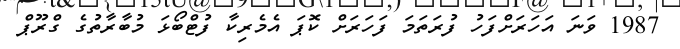
1987 ވަނަ އަހަރަށްފަހު ފުރަތަމަ ފަހަރަށް ކޮޕަ އެމެރިކާ ފުޓްބޯޅަ މުބާރާތުގެ ގްރޫޕް